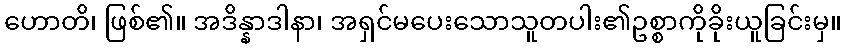
ဟောတိ၊ ဖြစ်၏။ အဒိန္နာဒါနာ၊ အရှင်မပေးသောသူတပါး၏ဥစ္စာကိုခိုးယူခြင်းမှ။